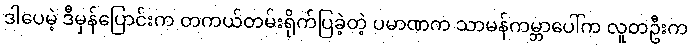
ဒါပေမဲ့ ဒီမှန်ပြောင်းက တကယ်တမ်းရိုက်ပြခဲ့တဲ့ ပမာဏက သာမန်ကမ္ဘာပေါ်က လူတဦးက